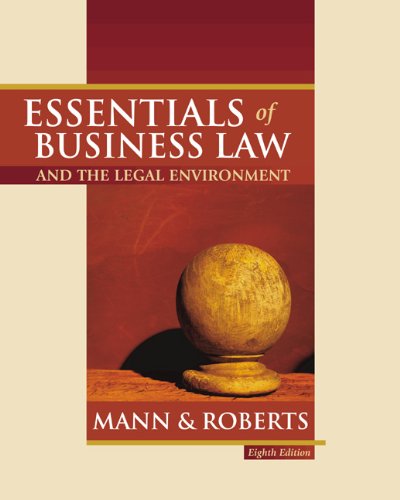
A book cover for Essentials of Business Law and The Legal Environment; Richard A. Mann; Law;